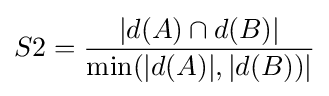
S2={\frac {|d(A)\cap d(B)|}{\min(|d(A)|,|d(B))|}}